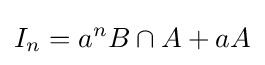
I_{n}=a^{n}B\cap A+aA